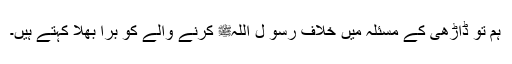
ہم تو ڈاڑھی کے مسئلہ میں خلاف رسو ل اللہﷺ کرنے والے کو برا بھلا کہتے ہیں۔